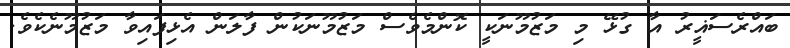
ބައްރެސަޣީރު އާ ގުޅޭ މި މަޒުމޫނަކީ ކޮންމެވެސް މަޒުމޫނަކުން ފާލަން އެޅިފައިވާ މަޒުމޫނެކެވެ.